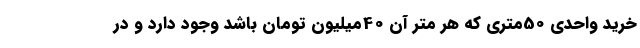
خرید واحدی 50متری که هر متر آن 40میلیون تومان باشد وجود دارد و در